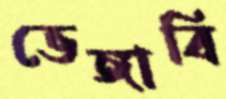
ভেঙ্গাবি